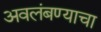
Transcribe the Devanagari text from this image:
अवलंबण्याचा